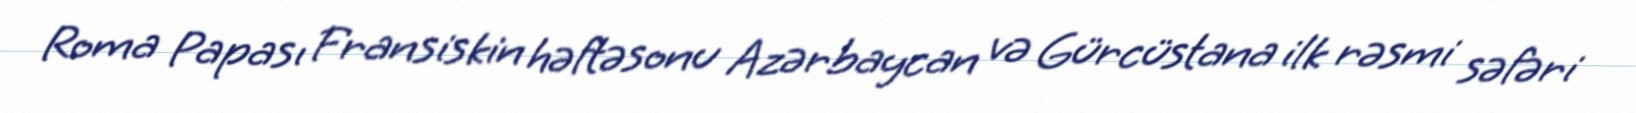
Roma Papası Fransiskin həftəsonu Azərbaycan və Gürcüstana ilk rəsmi səfəri